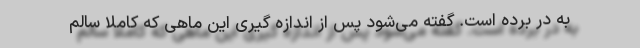
به در برده است. گفته می‌شود پس از اندازه گیری این ماهی که کاملا سالم